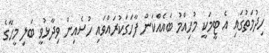
ހިދުމަތުގައި އެ ޓީމަކީ މުހިއްމު ބައެއްކަން ފާހަގަކުރައްވައި ހުސެއިން ވިދާޅުވީ ބަލި މީހާގެ